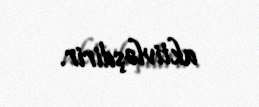
aktivləşdirir.